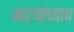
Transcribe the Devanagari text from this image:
गद्र्‍यांच्याच